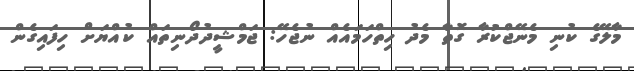
މާލޭގެ ކުނި މެނޭޖްކުރާ ގޮތާ މެދު ހިތްހަމައެއް ނުޖެހޭ: ޖަމްޝީދުދޯނިތައް ކުއްޔަށް ހިފައިގެން